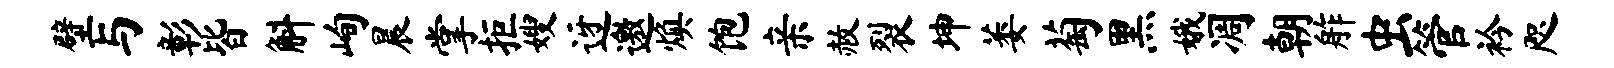
壁与彰皆斛峋晨掌拒嫂迓邀焕饱亲赦裂坤萎萄黑娥凋朝舴虫管衿咫